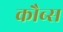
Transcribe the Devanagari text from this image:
कौब्स